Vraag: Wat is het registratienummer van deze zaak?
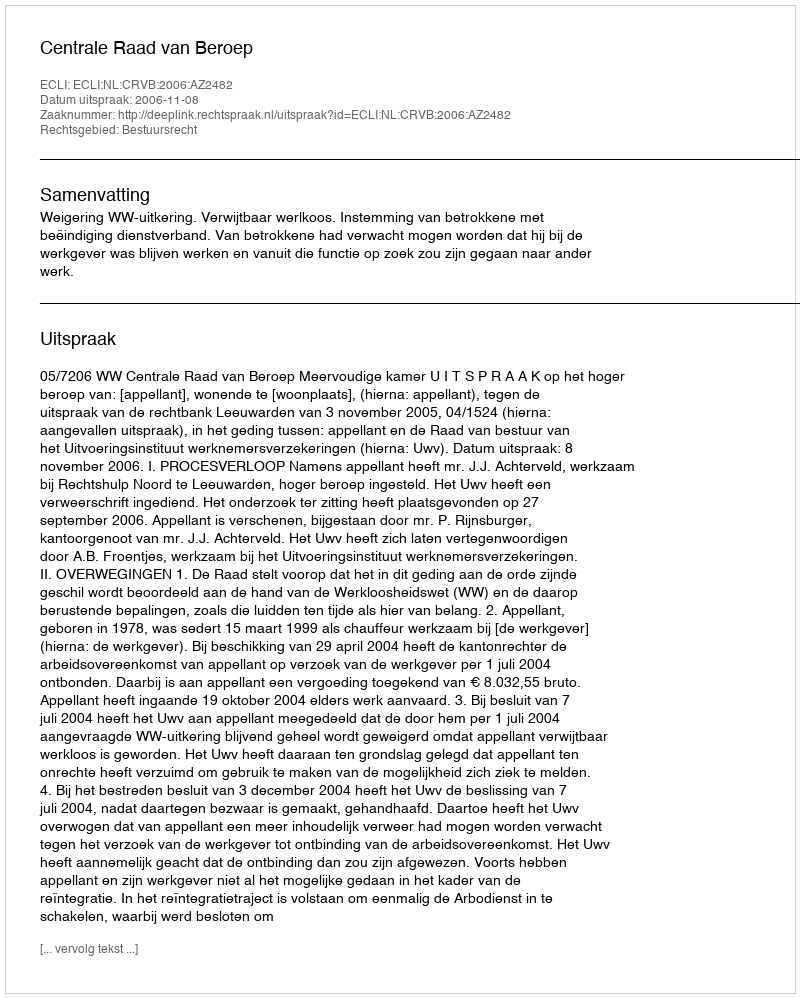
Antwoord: http://deeplink.rechtspraak.nl/uitspraak?id=ECLI:NL:CRVB:2006:AZ2482